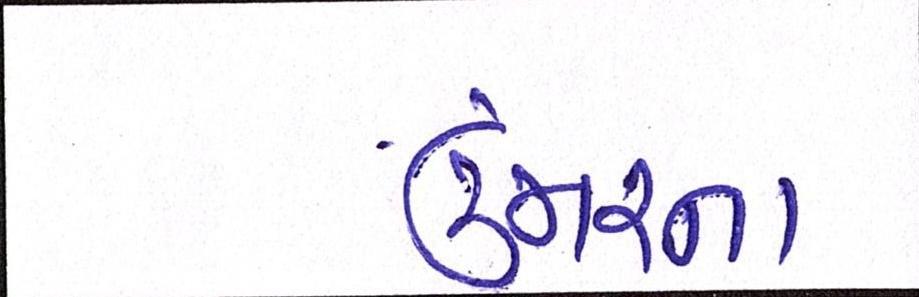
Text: ઉંમરના